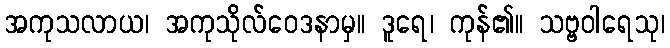
အကုသလာယ၊ အကုသိုလ်ဝေဒနာမှ။ ဒူရေ၊ ကုန်၏။ သဗ္ဗဝါရေသု၊